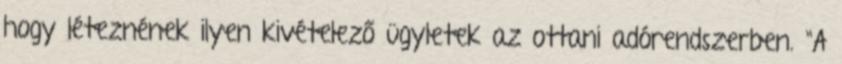
hogy léteznének ilyen kivételező ügyletek az ottani adórendszerben. "A